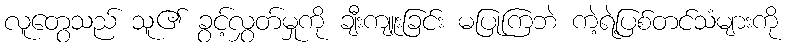
လူတွေသည် သူ၏ ခွင့်လွှတ်မှုကို ချီးကျူးခြင်း မပြုကြဘဲ ကဲ့ရဲ့ပြစ်တင်သံများကို